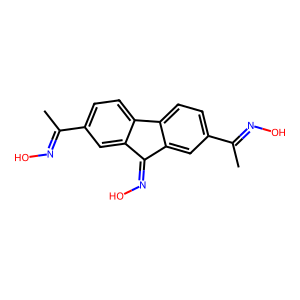
SMILES: CC(=NO)c1ccc2c(c1)C(=NO)c1cc(C(C)=NO)ccc1-2
Inhibits HIV replication: No